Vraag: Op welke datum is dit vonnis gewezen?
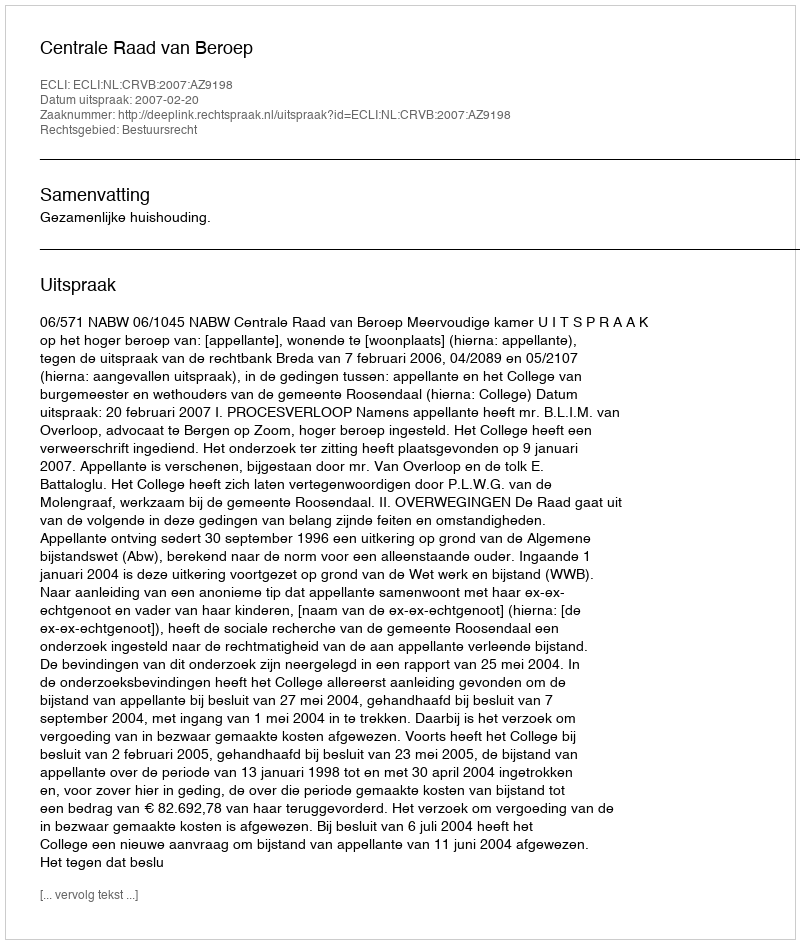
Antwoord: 2007-02-20